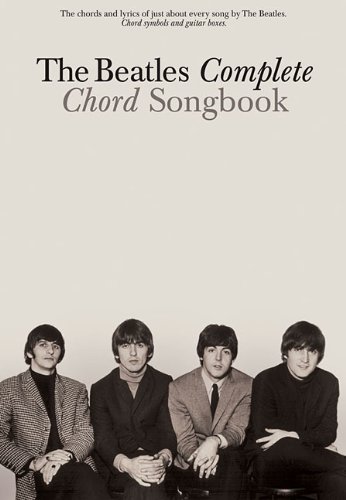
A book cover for The Beatles Complete Chord Songbook; The Beatles; Humor & Entertainment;